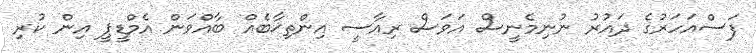
ފަސްއަހަރުގެ ދައުރު ނުނިމެނީސް އަވަސް ރިއާސީ އިންތިޚާބެއް ބާއްވަން އެމްޑީޕީ އިން ކުރި